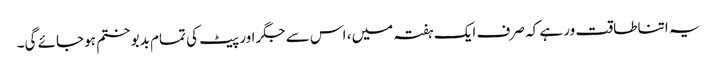
یہ اتنا طاقت ور ہے کہ صرف ایک ہفتہ میں ، اس سے جگر اور پیٹ کی تمام بدبو ختم ہوجائے گی۔